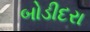
બોડીદરા